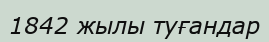
1842 жылы туғандар